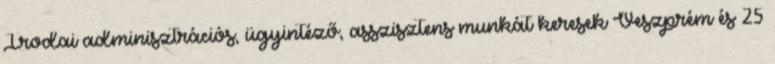
Irodai adminisztrációs, ügyintéző, asszisztens munkát keresek Veszprém és 25